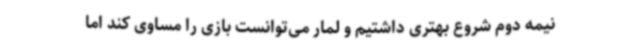
نیمه دوم شروع بهتری داشتیم و لمار می‌توانست بازی را مساوی کند اما